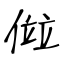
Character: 傡